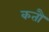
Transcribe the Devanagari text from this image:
कतौं